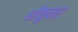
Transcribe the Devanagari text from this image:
धीकुवार